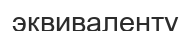
эквиваленту